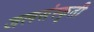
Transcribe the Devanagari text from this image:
जलसंस्कृती